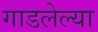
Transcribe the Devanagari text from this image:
गाडलेल्या